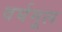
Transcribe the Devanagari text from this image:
वर्घमूल